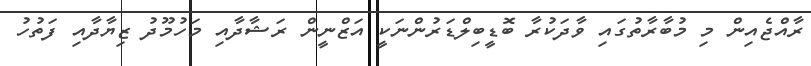
ރާއްޖެއިން މި މުބާރާތުގައި ވާދަކުރާ ބޮޑީބިލްޑަރުންނަކީ އަޒްނީން ރަޝާދާއި މަހުމޫދު ޒިޔާދާއި ފަތުހު